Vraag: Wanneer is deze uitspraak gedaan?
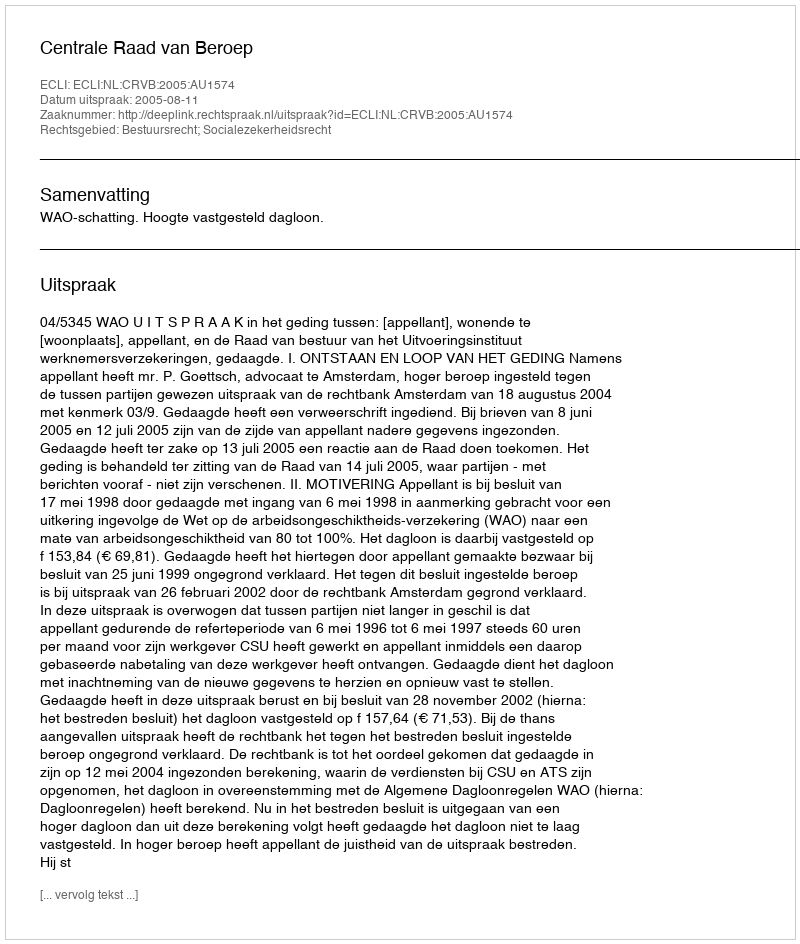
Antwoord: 2005-08-11